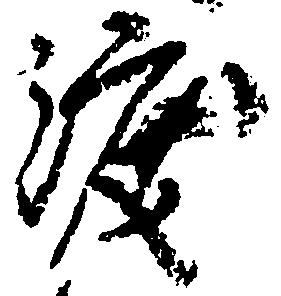
渡